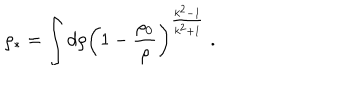
LaTeX: \rho _ { * } = \int d \rho \left( 1 - \frac { \rho _ { 0 } } { \rho } \right) ^ { \frac { k ^ { 2 } - 1 } { k ^ { 2 } + 1 } } \; .